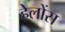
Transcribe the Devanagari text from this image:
हेलोंस